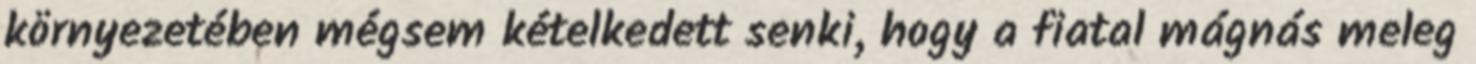
környezetében mégsem kételkedett senki, hogy a fiatal mágnás meleg